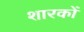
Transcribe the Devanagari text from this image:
शारकों